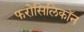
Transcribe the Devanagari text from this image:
फरोसिलिकॉन